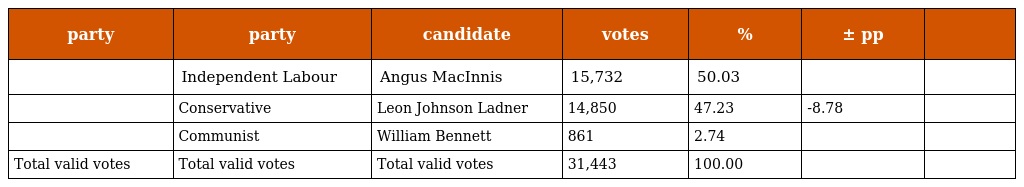
| party | party | candidate | votes | % | ± pp |  |
 | --- | --- | --- | --- | --- | --- | --- |
 |  | Independent Labour | Angus MacInnis | 15,732 | 50.03 |  |  |
 |  | Conservative | Leon Johnson Ladner | 14,850 | 47.23 | -8.78 |  |
 |  | Communist | William Bennett | 861 | 2.74 |  |  |
 | Total valid votes | Total valid votes | Total valid votes | 31,443 | 100.00 |  |  |